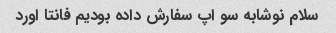
سلام نوشابه سو اپ سفارش داده بودیم فانتا اورد